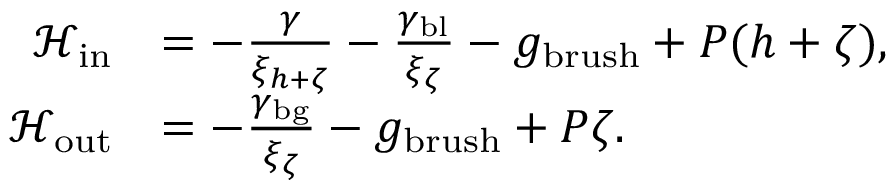
\begin{array} { r l } { \mathcal { H } _ { \mathrm { i n } } } & { = - \frac { \gamma } { \xi _ { h + \zeta } } - \frac { \gamma _ { \mathrm { b l } } } { \xi _ { \zeta } } - g _ { \mathrm { b r u s h } } + P ( h + \zeta ) , } \\ { \mathcal { H } _ { \mathrm { o u t } } } & { = - \frac { \gamma _ { \mathrm { b g } } } { \xi _ { \zeta } } - g _ { \mathrm { b r u s h } } + P \zeta . } \end{array}